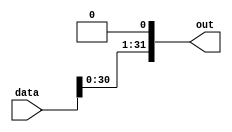
module LF1 (input [31:0] data, output [31:0] out);
   
   assign out = data << 1;
   
endmodule